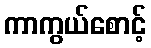
ကာကွယ်စောင့်